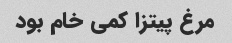
مرغ پیتزا کمی خام بود